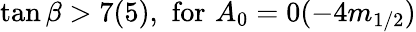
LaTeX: \tan\beta>7(5),\, \, \mathrm{for}\, \, A_{0}=0(-4m_{1/2})